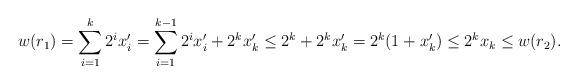
LaTeX: \begin{align*}w(r_1)&=\sum_{i=1}^k2^ix_i^{\prime}=\sum_{i=1}^{k-1}2^ix_i^{\prime}+2^kx_k^{\prime}\leq 2^k+2^kx_k^{\prime}=2^k(1+x_k^{\prime})\leq 2^k x_k\leq w(r_2).\end{align*}